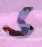
ড